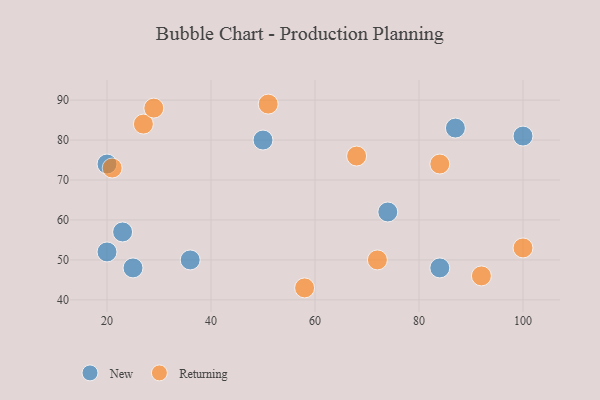
{"axis": {"x": "GDP", "y": "Life Expectancy"}, "legend": ["New", "Returning"], "data": [{"x": "87", "y": 83, "type": "New"}, {"x": "23", "y": 57, "type": "New"}, {"x": "20", "y": 74, "type": "New"}, {"x": "25", "y": 48, "type": "New"}, {"x": "74", "y": 62, "type": "New"}, {"x": "20", "y": 52, "type": "New"}, {"x": "84", "y": 48, "type": "New"}, {"x": "100", "y": 81, "type": "New"}, {"x": "50", "y": 80, "type": "New"}, {"x": "36", "y": 50, "type": "New"}, {"x": "92", "y": 46, "type": "Returning"}, {"x": "84", "y": 74, "type": "Returning"}, {"x": "100", "y": 53, "type": "Returning"}, {"x": "68", "y": 76, "type": "Returning"}, {"x": "27", "y": 84, "type": "Returning"}, {"x": "72", "y": 50, "type": "Returning"}, {"x": "29", "y": 88, "type": "Returning"}, {"x": "21", "y": 73, "type": "Returning"}, {"x": "58", "y": 43, "type": "Returning"}, {"x": "51", "y": 89, "type": "Returning"}]}